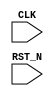
//
// Generated by Bluespec Compiler, version 2024.01-13-ga8fe68a6 (build a8fe68a6)
//
// On Tue Jun 11 10:59:45 IST 2024
//
//
// Ports:
// Name                         I/O  size props
// CLK                            I     1 clock
// RST_N                          I     1 reset
//
// No combinational paths from inputs to outputs
//
//

`ifdef BSV_ASSIGNMENT_DELAY
`else
  `define BSV_ASSIGNMENT_DELAY
`endif

`ifdef BSV_POSITIVE_RESET
  `define BSV_RESET_VALUE 1'b1
  `define BSV_RESET_EDGE posedge
`else
  `define BSV_RESET_VALUE 1'b0
  `define BSV_RESET_EDGE negedge
`endif

module mkTestbench(CLK,
		   RST_N);
  input  CLK;
  input  RST_N;

  // register a
  reg [31 : 0] a;
  wire [31 : 0] a_D_IN;
  wire a_EN;

  // register adder_1_available
  reg adder_1_available;
  wire adder_1_available_D_IN, adder_1_available_EN;

  // register adder_1_cin
  reg adder_1_cin;
  wire adder_1_cin_D_IN, adder_1_cin_EN;

  // register adder_1_in1
  reg [31 : 0] adder_1_in1;
  wire [31 : 0] adder_1_in1_D_IN;
  wire adder_1_in1_EN;

  // register adder_1_in2
  reg [31 : 0] adder_1_in2;
  wire [31 : 0] adder_1_in2_D_IN;
  wire adder_1_in2_EN;

  // register adder_1_result
  reg [32 : 0] adder_1_result;
  wire [32 : 0] adder_1_result_D_IN;
  wire adder_1_result_EN;

  // register b
  reg [31 : 0] b;
  wire [31 : 0] b_D_IN;
  wire b_EN;

  // register cin
  reg cin;
  wire cin_D_IN, cin_EN;

  // register count
  reg [7 : 0] count;
  wire [7 : 0] count_D_IN;
  wire count_EN;

  // register cout
  reg cout;
  wire cout_D_IN, cout_EN;

  // register overflow_flag
  reg overflow_flag;
  wire overflow_flag_D_IN, overflow_flag_EN;

  // register rng_a_r
  reg [31 : 0] rng_a_r;
  wire [31 : 0] rng_a_r_D_IN;
  wire rng_a_r_EN;

  // register rng_b_r
  reg [31 : 0] rng_b_r;
  wire [31 : 0] rng_b_r_D_IN;
  wire rng_b_r_EN;

  // register rng_cin_r
  reg [7 : 0] rng_cin_r;
  wire [7 : 0] rng_cin_r_D_IN;
  wire rng_cin_r_EN;

  // register state
  reg [1 : 0] state;
  reg [1 : 0] state_D_IN;
  wire state_EN;

  // register sum
  reg [31 : 0] sum;
  wire [31 : 0] sum_D_IN;
  wire sum_EN;

  // rule scheduling signals
  wire CAN_FIRE_RL_adder_1_call_compute,
       CAN_FIRE_RL_display_results,
       CAN_FIRE_RL_generate_random_inputs,
       CAN_FIRE_RL_get_results,
       CAN_FIRE_RL_initialize,
       WILL_FIRE_RL_adder_1_call_compute,
       WILL_FIRE_RL_display_results,
       WILL_FIRE_RL_generate_random_inputs,
       WILL_FIRE_RL_get_results,
       WILL_FIRE_RL_initialize;

  // inputs to muxes for submodule ports
  wire [31 : 0] MUX_rng_a_r_write_1__VAL_1, MUX_rng_b_r_write_1__VAL_1;
  wire [7 : 0] MUX_rng_cin_r_write_1__VAL_1;
  wire MUX_state_write_1__SEL_1;

  // remaining internal signals
  wire [32 : 0] calculated_sum__h11573,
		expected_sum__h11572,
		x__h11750,
		x__h11752,
		y__h11591,
		y__h11753;
  wire [8 : 0] IF_adder_1_in1_BITS_15_TO_8_3_AND_adder_1_in2__ETC___d98,
	       IF_adder_1_in1_BITS_23_TO_16_9_AND_adder_1_in2_ETC___d54,
	       IF_adder_1_in1_BITS_31_TO_24_AND_adder_1_in2_B_ETC___d10;
  wire [7 : 0] IF_adder_1_in1_BITS_15_TO_8_3_XOR_adder_1_in2__ETC__q3,
	       IF_adder_1_in1_BITS_23_TO_16_9_XOR_adder_1_in2_ETC__q2,
	       IF_adder_1_in1_BITS_31_TO_24_XOR_adder_1_in2_B_ETC__q1,
	       adder_1_in1_BITS_15_TO_8_3_AND_adder_1_in2_BIT_ETC___d96,
	       adder_1_in1_BITS_15_TO_8_3_XOR_adder_1_in2_BIT_ETC___d128,
	       adder_1_in1_BITS_23_TO_16_9_AND_adder_1_in2_BI_ETC___d52,
	       adder_1_in1_BITS_23_TO_16_9_XOR_adder_1_in2_BI_ETC___d84,
	       adder_1_in1_BITS_31_TO_24_AND_adder_1_in2_BITS_ETC___d8,
	       adder_1_in1_BITS_31_TO_24_XOR_adder_1_in2_BITS_ETC___d40,
	       adder_1_in1_BITS_7_TO_0_38_AND_adder_1_in2_BIT_ETC___d143,
	       p__h2447,
	       p__h5177,
	       p__h7907,
	       p__h859,
	       spliced_bits__h490,
	       spliced_bits__h519,
	       spliced_bits__h548,
	       spliced_bits__h577;
  wire [5 : 0] adder_1_in1_BITS_15_TO_8_3_XOR_adder_1_in2_BIT_ETC___d253,
	       adder_1_in1_BITS_23_TO_16_9_XOR_adder_1_in2_BI_ETC___d239,
	       adder_1_in1_BITS_31_TO_24_XOR_adder_1_in2_BITS_ETC___d225;
  wire [1 : 0] adder_1_in1_BITS_15_TO_8_3_XOR_adder_1_in2_BIT_ETC___d251,
	       adder_1_in1_BITS_23_TO_16_9_XOR_adder_1_in2_BI_ETC___d237,
	       adder_1_in1_BITS_31_TO_24_XOR_adder_1_in2_BITS_ETC___d223;
  wire _0_CONCAT_a_27_28_PLUS_0_CONCAT_b_29_30_31_PLUS_ETC___d338,
       adder_1_in1_BITS_15_TO_8_3_XOR_adder_1_in2_BIT_ETC___d174,
       adder_1_in1_BITS_15_TO_8_3_XOR_adder_1_in2_BIT_ETC___d175,
       adder_1_in1_BITS_15_TO_8_3_XOR_adder_1_in2_BIT_ETC___d176,
       adder_1_in1_BITS_15_TO_8_3_XOR_adder_1_in2_BIT_ETC___d177,
       adder_1_in1_BITS_15_TO_8_3_XOR_adder_1_in2_BIT_ETC___d178,
       adder_1_in1_BITS_15_TO_8_3_XOR_adder_1_in2_BIT_ETC___d179,
       adder_1_in1_BITS_15_TO_8_3_XOR_adder_1_in2_BIT_ETC___d180,
       adder_1_in1_BITS_23_TO_16_9_XOR_adder_1_in2_BI_ETC___d187,
       adder_1_in1_BITS_23_TO_16_9_XOR_adder_1_in2_BI_ETC___d188,
       adder_1_in1_BITS_23_TO_16_9_XOR_adder_1_in2_BI_ETC___d189,
       adder_1_in1_BITS_23_TO_16_9_XOR_adder_1_in2_BI_ETC___d190,
       adder_1_in1_BITS_23_TO_16_9_XOR_adder_1_in2_BI_ETC___d191,
       adder_1_in1_BITS_23_TO_16_9_XOR_adder_1_in2_BI_ETC___d192,
       adder_1_in1_BITS_23_TO_16_9_XOR_adder_1_in2_BI_ETC___d193,
       adder_1_in1_BITS_31_TO_24_XOR_adder_1_in2_BITS_ETC___d200,
       adder_1_in1_BITS_31_TO_24_XOR_adder_1_in2_BITS_ETC___d201,
       adder_1_in1_BITS_31_TO_24_XOR_adder_1_in2_BITS_ETC___d202,
       adder_1_in1_BITS_31_TO_24_XOR_adder_1_in2_BITS_ETC___d203,
       adder_1_in1_BITS_31_TO_24_XOR_adder_1_in2_BITS_ETC___d204,
       adder_1_in1_BITS_31_TO_24_XOR_adder_1_in2_BITS_ETC___d205,
       adder_1_in1_BITS_31_TO_24_XOR_adder_1_in2_BITS_ETC___d206,
       carry_in__h2023,
       carry_in__h4860,
       carry_in__h7590,
       count_11_ULT_30___d326,
       sub_result_cout__h2022,
       sub_result_cout__h4859,
       sub_result_cout__h7589,
       x__h1057,
       x__h11405,
       x__h11407,
       x__h1206,
       x__h1208,
       x__h1314,
       x__h1316,
       x__h1422,
       x__h1424,
       x__h1530,
       x__h1532,
       x__h1638,
       x__h1640,
       x__h1746,
       x__h1748,
       x__h1854,
       x__h1856,
       x__h2792,
       x__h2901,
       x__h2903,
       x__h3009,
       x__h3011,
       x__h3117,
       x__h3119,
       x__h3225,
       x__h3227,
       x__h3333,
       x__h3335,
       x__h3441,
       x__h3443,
       x__h5522,
       x__h5631,
       x__h5633,
       x__h5739,
       x__h5741,
       x__h5847,
       x__h5849,
       x__h5955,
       x__h5957,
       x__h6063,
       x__h6065,
       x__h6171,
       x__h6173,
       x__h8252,
       x__h8361,
       x__h8363,
       x__h8469,
       x__h8471,
       x__h8577,
       x__h8579,
       x__h8685,
       x__h8687,
       x__h8793,
       x__h8795,
       x__h8901,
       x__h8903,
       y__h11406;

  // rule RL_initialize
  assign CAN_FIRE_RL_initialize = state == 2'd0 ;
  assign WILL_FIRE_RL_initialize = CAN_FIRE_RL_initialize ;

  // rule RL_get_results
  assign CAN_FIRE_RL_get_results = adder_1_available && state == 2'd2 ;
  assign WILL_FIRE_RL_get_results = CAN_FIRE_RL_get_results ;

  // rule RL_display_results
  assign CAN_FIRE_RL_display_results = state == 2'd3 ;
  assign WILL_FIRE_RL_display_results = CAN_FIRE_RL_display_results ;

  // rule RL_adder_1_call_compute
  assign CAN_FIRE_RL_adder_1_call_compute = !adder_1_available ;
  assign WILL_FIRE_RL_adder_1_call_compute =
	     CAN_FIRE_RL_adder_1_call_compute ;

  // rule RL_generate_random_inputs
  assign CAN_FIRE_RL_generate_random_inputs = state == 2'd1 ;
  assign WILL_FIRE_RL_generate_random_inputs =
	     CAN_FIRE_RL_generate_random_inputs ;

  // inputs to muxes for submodule ports
  assign MUX_state_write_1__SEL_1 =
	     WILL_FIRE_RL_display_results && count_11_ULT_30___d326 ;
  assign MUX_rng_a_r_write_1__VAL_1 =
	     rng_a_r[0] ?
	       { 1'd1,
		 rng_a_r[31:8],
		 ~rng_a_r[7],
		 rng_a_r[6],
		 ~rng_a_r[5],
		 rng_a_r[4],
		 ~rng_a_r[3:1] } :
	       { 1'd0, rng_a_r[31:1] } ;
  assign MUX_rng_b_r_write_1__VAL_1 =
	     rng_b_r[0] ?
	       { 1'd1,
		 rng_b_r[31:8],
		 ~rng_b_r[7],
		 rng_b_r[6],
		 ~rng_b_r[5],
		 rng_b_r[4],
		 ~rng_b_r[3:1] } :
	       { 1'd0, rng_b_r[31:1] } ;
  assign MUX_rng_cin_r_write_1__VAL_1 =
	     rng_cin_r[0] ?
	       { 1'd1, rng_cin_r[7:5], ~rng_cin_r[4:2], rng_cin_r[1] } :
	       { 1'd0, rng_cin_r[7:1] } ;

  // register a
  assign a_D_IN = rng_a_r ;
  assign a_EN = CAN_FIRE_RL_generate_random_inputs ;

  // register adder_1_available
  assign adder_1_available_D_IN = !WILL_FIRE_RL_generate_random_inputs ;
  assign adder_1_available_EN =
	     WILL_FIRE_RL_generate_random_inputs ||
	     WILL_FIRE_RL_adder_1_call_compute ;

  // register adder_1_cin
  assign adder_1_cin_D_IN = rng_cin_r[3] ;
  assign adder_1_cin_EN = CAN_FIRE_RL_generate_random_inputs ;

  // register adder_1_in1
  assign adder_1_in1_D_IN = rng_a_r ;
  assign adder_1_in1_EN = CAN_FIRE_RL_generate_random_inputs ;

  // register adder_1_in2
  assign adder_1_in2_D_IN = rng_b_r ;
  assign adder_1_in2_EN = CAN_FIRE_RL_generate_random_inputs ;

  // register adder_1_result
  assign adder_1_result_D_IN =
	     { adder_1_in1_BITS_31_TO_24_XOR_adder_1_in2_BITS_ETC___d40[7] &
	       adder_1_in1_BITS_31_TO_24_XOR_adder_1_in2_BITS_ETC___d206 |
	       sub_result_cout__h7589,
	       spliced_bits__h490,
	       spliced_bits__h519,
	       spliced_bits__h548,
	       spliced_bits__h577 } ;
  assign adder_1_result_EN = CAN_FIRE_RL_adder_1_call_compute ;

  // register b
  assign b_D_IN = rng_b_r ;
  assign b_EN = CAN_FIRE_RL_generate_random_inputs ;

  // register cin
  assign cin_D_IN = rng_cin_r[3] ;
  assign cin_EN = CAN_FIRE_RL_generate_random_inputs ;

  // register count
  assign count_D_IN = count + 8'd1 ;
  assign count_EN = CAN_FIRE_RL_generate_random_inputs ;

  // register cout
  assign cout_D_IN = adder_1_result[32] ;
  assign cout_EN = CAN_FIRE_RL_get_results ;

  // register overflow_flag
  assign overflow_flag_D_IN = x__h11405 & y__h11406 ;
  assign overflow_flag_EN = CAN_FIRE_RL_get_results ;

  // register rng_a_r
  assign rng_a_r_D_IN =
	     WILL_FIRE_RL_generate_random_inputs ?
	       MUX_rng_a_r_write_1__VAL_1 :
	       32'hAFD7CD41 ;
  assign rng_a_r_EN =
	     WILL_FIRE_RL_generate_random_inputs || WILL_FIRE_RL_initialize ;

  // register rng_b_r
  assign rng_b_r_D_IN =
	     WILL_FIRE_RL_generate_random_inputs ?
	       MUX_rng_b_r_write_1__VAL_1 :
	       32'hC9B12E0A ;
  assign rng_b_r_EN =
	     WILL_FIRE_RL_generate_random_inputs || WILL_FIRE_RL_initialize ;

  // register rng_cin_r
  assign rng_cin_r_D_IN =
	     WILL_FIRE_RL_generate_random_inputs ?
	       MUX_rng_cin_r_write_1__VAL_1 :
	       8'hA5 ;
  assign rng_cin_r_EN =
	     WILL_FIRE_RL_generate_random_inputs || WILL_FIRE_RL_initialize ;

  // register state
  always@(MUX_state_write_1__SEL_1 or
	  WILL_FIRE_RL_initialize or
	  WILL_FIRE_RL_generate_random_inputs or WILL_FIRE_RL_get_results)
  begin
    case (1'b1) // synopsys parallel_case
      MUX_state_write_1__SEL_1 || WILL_FIRE_RL_initialize: state_D_IN = 2'd1;
      WILL_FIRE_RL_generate_random_inputs: state_D_IN = 2'd2;
      WILL_FIRE_RL_get_results: state_D_IN = 2'd3;
      default: state_D_IN = 2'bxx /* unspecified value */ ;
    endcase
  end
  assign state_EN =
	     WILL_FIRE_RL_display_results && count_11_ULT_30___d326 ||
	     WILL_FIRE_RL_initialize ||
	     WILL_FIRE_RL_generate_random_inputs ||
	     WILL_FIRE_RL_get_results ;

  // register sum
  assign sum_D_IN = adder_1_result[31:0] ;
  assign sum_EN = CAN_FIRE_RL_get_results ;

  // remaining internal signals
  assign IF_adder_1_in1_BITS_15_TO_8_3_AND_adder_1_in2__ETC___d98 =
	     adder_1_in1_BITS_15_TO_8_3_AND_adder_1_in2_BIT_ETC___d96[0] ?
	       9'd2 :
	       9'd0 ;
  assign IF_adder_1_in1_BITS_15_TO_8_3_XOR_adder_1_in2__ETC__q3 =
	     (adder_1_in1_BITS_15_TO_8_3_XOR_adder_1_in2_BIT_ETC___d128[0] ^
	      carry_in__h2023) ?
	       8'd1 :
	       8'd0 ;
  assign IF_adder_1_in1_BITS_23_TO_16_9_AND_adder_1_in2_ETC___d54 =
	     adder_1_in1_BITS_23_TO_16_9_AND_adder_1_in2_BI_ETC___d52[0] ?
	       9'd2 :
	       9'd0 ;
  assign IF_adder_1_in1_BITS_23_TO_16_9_XOR_adder_1_in2_ETC__q2 =
	     (adder_1_in1_BITS_23_TO_16_9_XOR_adder_1_in2_BI_ETC___d84[0] ^
	      carry_in__h4860) ?
	       8'd1 :
	       8'd0 ;
  assign IF_adder_1_in1_BITS_31_TO_24_AND_adder_1_in2_B_ETC___d10 =
	     adder_1_in1_BITS_31_TO_24_AND_adder_1_in2_BITS_ETC___d8[0] ?
	       9'd2 :
	       9'd0 ;
  assign IF_adder_1_in1_BITS_31_TO_24_XOR_adder_1_in2_B_ETC__q1 =
	     (adder_1_in1_BITS_31_TO_24_XOR_adder_1_in2_BITS_ETC___d40[0] ^
	      carry_in__h7590) ?
	       8'd1 :
	       8'd0 ;
  assign _0_CONCAT_a_27_28_PLUS_0_CONCAT_b_29_30_31_PLUS_ETC___d338 =
	     expected_sum__h11572 == calculated_sum__h11573 ;
  assign adder_1_in1_BITS_15_TO_8_3_AND_adder_1_in2_BIT_ETC___d96 =
	     adder_1_in1[15:8] & adder_1_in2[15:8] ;
  assign adder_1_in1_BITS_15_TO_8_3_XOR_adder_1_in2_BIT_ETC___d128 =
	     p__h2447 ^
	     { x__h3443,
	       x__h3335,
	       x__h3227,
	       x__h3119,
	       x__h3011,
	       x__h2903,
	       IF_adder_1_in1_BITS_15_TO_8_3_AND_adder_1_in2__ETC___d98[1:0] } ;
  assign adder_1_in1_BITS_15_TO_8_3_XOR_adder_1_in2_BIT_ETC___d174 =
	     adder_1_in1_BITS_15_TO_8_3_XOR_adder_1_in2_BIT_ETC___d128[0] &
	     carry_in__h2023 ;
  assign adder_1_in1_BITS_15_TO_8_3_XOR_adder_1_in2_BIT_ETC___d175 =
	     adder_1_in1_BITS_15_TO_8_3_XOR_adder_1_in2_BIT_ETC___d128[1] &
	     adder_1_in1_BITS_15_TO_8_3_XOR_adder_1_in2_BIT_ETC___d174 ;
  assign adder_1_in1_BITS_15_TO_8_3_XOR_adder_1_in2_BIT_ETC___d176 =
	     adder_1_in1_BITS_15_TO_8_3_XOR_adder_1_in2_BIT_ETC___d128[2] &
	     adder_1_in1_BITS_15_TO_8_3_XOR_adder_1_in2_BIT_ETC___d175 ;
  assign adder_1_in1_BITS_15_TO_8_3_XOR_adder_1_in2_BIT_ETC___d177 =
	     adder_1_in1_BITS_15_TO_8_3_XOR_adder_1_in2_BIT_ETC___d128[3] &
	     adder_1_in1_BITS_15_TO_8_3_XOR_adder_1_in2_BIT_ETC___d176 ;
  assign adder_1_in1_BITS_15_TO_8_3_XOR_adder_1_in2_BIT_ETC___d178 =
	     adder_1_in1_BITS_15_TO_8_3_XOR_adder_1_in2_BIT_ETC___d128[4] &
	     adder_1_in1_BITS_15_TO_8_3_XOR_adder_1_in2_BIT_ETC___d177 ;
  assign adder_1_in1_BITS_15_TO_8_3_XOR_adder_1_in2_BIT_ETC___d179 =
	     adder_1_in1_BITS_15_TO_8_3_XOR_adder_1_in2_BIT_ETC___d128[5] &
	     adder_1_in1_BITS_15_TO_8_3_XOR_adder_1_in2_BIT_ETC___d178 ;
  assign adder_1_in1_BITS_15_TO_8_3_XOR_adder_1_in2_BIT_ETC___d180 =
	     adder_1_in1_BITS_15_TO_8_3_XOR_adder_1_in2_BIT_ETC___d128[6] &
	     adder_1_in1_BITS_15_TO_8_3_XOR_adder_1_in2_BIT_ETC___d179 ;
  assign adder_1_in1_BITS_15_TO_8_3_XOR_adder_1_in2_BIT_ETC___d251 =
	     { adder_1_in1_BITS_15_TO_8_3_XOR_adder_1_in2_BIT_ETC___d128[1] ^
	       adder_1_in1_BITS_15_TO_8_3_XOR_adder_1_in2_BIT_ETC___d174,
	       IF_adder_1_in1_BITS_15_TO_8_3_XOR_adder_1_in2__ETC__q3[0] } ;
  assign adder_1_in1_BITS_15_TO_8_3_XOR_adder_1_in2_BIT_ETC___d253 =
	     { adder_1_in1_BITS_15_TO_8_3_XOR_adder_1_in2_BIT_ETC___d128[5] ^
	       adder_1_in1_BITS_15_TO_8_3_XOR_adder_1_in2_BIT_ETC___d178,
	       adder_1_in1_BITS_15_TO_8_3_XOR_adder_1_in2_BIT_ETC___d128[4] ^
	       adder_1_in1_BITS_15_TO_8_3_XOR_adder_1_in2_BIT_ETC___d177,
	       adder_1_in1_BITS_15_TO_8_3_XOR_adder_1_in2_BIT_ETC___d128[3] ^
	       adder_1_in1_BITS_15_TO_8_3_XOR_adder_1_in2_BIT_ETC___d176,
	       adder_1_in1_BITS_15_TO_8_3_XOR_adder_1_in2_BIT_ETC___d128[2] ^
	       adder_1_in1_BITS_15_TO_8_3_XOR_adder_1_in2_BIT_ETC___d175,
	       adder_1_in1_BITS_15_TO_8_3_XOR_adder_1_in2_BIT_ETC___d251 } ;
  assign adder_1_in1_BITS_23_TO_16_9_AND_adder_1_in2_BI_ETC___d52 =
	     adder_1_in1[23:16] & adder_1_in2[23:16] ;
  assign adder_1_in1_BITS_23_TO_16_9_XOR_adder_1_in2_BI_ETC___d187 =
	     adder_1_in1_BITS_23_TO_16_9_XOR_adder_1_in2_BI_ETC___d84[0] &
	     carry_in__h4860 ;
  assign adder_1_in1_BITS_23_TO_16_9_XOR_adder_1_in2_BI_ETC___d188 =
	     adder_1_in1_BITS_23_TO_16_9_XOR_adder_1_in2_BI_ETC___d84[1] &
	     adder_1_in1_BITS_23_TO_16_9_XOR_adder_1_in2_BI_ETC___d187 ;
  assign adder_1_in1_BITS_23_TO_16_9_XOR_adder_1_in2_BI_ETC___d189 =
	     adder_1_in1_BITS_23_TO_16_9_XOR_adder_1_in2_BI_ETC___d84[2] &
	     adder_1_in1_BITS_23_TO_16_9_XOR_adder_1_in2_BI_ETC___d188 ;
  assign adder_1_in1_BITS_23_TO_16_9_XOR_adder_1_in2_BI_ETC___d190 =
	     adder_1_in1_BITS_23_TO_16_9_XOR_adder_1_in2_BI_ETC___d84[3] &
	     adder_1_in1_BITS_23_TO_16_9_XOR_adder_1_in2_BI_ETC___d189 ;
  assign adder_1_in1_BITS_23_TO_16_9_XOR_adder_1_in2_BI_ETC___d191 =
	     adder_1_in1_BITS_23_TO_16_9_XOR_adder_1_in2_BI_ETC___d84[4] &
	     adder_1_in1_BITS_23_TO_16_9_XOR_adder_1_in2_BI_ETC___d190 ;
  assign adder_1_in1_BITS_23_TO_16_9_XOR_adder_1_in2_BI_ETC___d192 =
	     adder_1_in1_BITS_23_TO_16_9_XOR_adder_1_in2_BI_ETC___d84[5] &
	     adder_1_in1_BITS_23_TO_16_9_XOR_adder_1_in2_BI_ETC___d191 ;
  assign adder_1_in1_BITS_23_TO_16_9_XOR_adder_1_in2_BI_ETC___d193 =
	     adder_1_in1_BITS_23_TO_16_9_XOR_adder_1_in2_BI_ETC___d84[6] &
	     adder_1_in1_BITS_23_TO_16_9_XOR_adder_1_in2_BI_ETC___d192 ;
  assign adder_1_in1_BITS_23_TO_16_9_XOR_adder_1_in2_BI_ETC___d237 =
	     { adder_1_in1_BITS_23_TO_16_9_XOR_adder_1_in2_BI_ETC___d84[1] ^
	       adder_1_in1_BITS_23_TO_16_9_XOR_adder_1_in2_BI_ETC___d187,
	       IF_adder_1_in1_BITS_23_TO_16_9_XOR_adder_1_in2_ETC__q2[0] } ;
  assign adder_1_in1_BITS_23_TO_16_9_XOR_adder_1_in2_BI_ETC___d239 =
	     { adder_1_in1_BITS_23_TO_16_9_XOR_adder_1_in2_BI_ETC___d84[5] ^
	       adder_1_in1_BITS_23_TO_16_9_XOR_adder_1_in2_BI_ETC___d191,
	       adder_1_in1_BITS_23_TO_16_9_XOR_adder_1_in2_BI_ETC___d84[4] ^
	       adder_1_in1_BITS_23_TO_16_9_XOR_adder_1_in2_BI_ETC___d190,
	       adder_1_in1_BITS_23_TO_16_9_XOR_adder_1_in2_BI_ETC___d84[3] ^
	       adder_1_in1_BITS_23_TO_16_9_XOR_adder_1_in2_BI_ETC___d189,
	       adder_1_in1_BITS_23_TO_16_9_XOR_adder_1_in2_BI_ETC___d84[2] ^
	       adder_1_in1_BITS_23_TO_16_9_XOR_adder_1_in2_BI_ETC___d188,
	       adder_1_in1_BITS_23_TO_16_9_XOR_adder_1_in2_BI_ETC___d237 } ;
  assign adder_1_in1_BITS_23_TO_16_9_XOR_adder_1_in2_BI_ETC___d84 =
	     p__h5177 ^
	     { x__h6173,
	       x__h6065,
	       x__h5957,
	       x__h5849,
	       x__h5741,
	       x__h5633,
	       IF_adder_1_in1_BITS_23_TO_16_9_AND_adder_1_in2_ETC___d54[1:0] } ;
  assign adder_1_in1_BITS_31_TO_24_AND_adder_1_in2_BITS_ETC___d8 =
	     adder_1_in1[31:24] & adder_1_in2[31:24] ;
  assign adder_1_in1_BITS_31_TO_24_XOR_adder_1_in2_BITS_ETC___d200 =
	     adder_1_in1_BITS_31_TO_24_XOR_adder_1_in2_BITS_ETC___d40[0] &
	     carry_in__h7590 ;
  assign adder_1_in1_BITS_31_TO_24_XOR_adder_1_in2_BITS_ETC___d201 =
	     adder_1_in1_BITS_31_TO_24_XOR_adder_1_in2_BITS_ETC___d40[1] &
	     adder_1_in1_BITS_31_TO_24_XOR_adder_1_in2_BITS_ETC___d200 ;
  assign adder_1_in1_BITS_31_TO_24_XOR_adder_1_in2_BITS_ETC___d202 =
	     adder_1_in1_BITS_31_TO_24_XOR_adder_1_in2_BITS_ETC___d40[2] &
	     adder_1_in1_BITS_31_TO_24_XOR_adder_1_in2_BITS_ETC___d201 ;
  assign adder_1_in1_BITS_31_TO_24_XOR_adder_1_in2_BITS_ETC___d203 =
	     adder_1_in1_BITS_31_TO_24_XOR_adder_1_in2_BITS_ETC___d40[3] &
	     adder_1_in1_BITS_31_TO_24_XOR_adder_1_in2_BITS_ETC___d202 ;
  assign adder_1_in1_BITS_31_TO_24_XOR_adder_1_in2_BITS_ETC___d204 =
	     adder_1_in1_BITS_31_TO_24_XOR_adder_1_in2_BITS_ETC___d40[4] &
	     adder_1_in1_BITS_31_TO_24_XOR_adder_1_in2_BITS_ETC___d203 ;
  assign adder_1_in1_BITS_31_TO_24_XOR_adder_1_in2_BITS_ETC___d205 =
	     adder_1_in1_BITS_31_TO_24_XOR_adder_1_in2_BITS_ETC___d40[5] &
	     adder_1_in1_BITS_31_TO_24_XOR_adder_1_in2_BITS_ETC___d204 ;
  assign adder_1_in1_BITS_31_TO_24_XOR_adder_1_in2_BITS_ETC___d206 =
	     adder_1_in1_BITS_31_TO_24_XOR_adder_1_in2_BITS_ETC___d40[6] &
	     adder_1_in1_BITS_31_TO_24_XOR_adder_1_in2_BITS_ETC___d205 ;
  assign adder_1_in1_BITS_31_TO_24_XOR_adder_1_in2_BITS_ETC___d223 =
	     { adder_1_in1_BITS_31_TO_24_XOR_adder_1_in2_BITS_ETC___d40[1] ^
	       adder_1_in1_BITS_31_TO_24_XOR_adder_1_in2_BITS_ETC___d200,
	       IF_adder_1_in1_BITS_31_TO_24_XOR_adder_1_in2_B_ETC__q1[0] } ;
  assign adder_1_in1_BITS_31_TO_24_XOR_adder_1_in2_BITS_ETC___d225 =
	     { adder_1_in1_BITS_31_TO_24_XOR_adder_1_in2_BITS_ETC___d40[5] ^
	       adder_1_in1_BITS_31_TO_24_XOR_adder_1_in2_BITS_ETC___d204,
	       adder_1_in1_BITS_31_TO_24_XOR_adder_1_in2_BITS_ETC___d40[4] ^
	       adder_1_in1_BITS_31_TO_24_XOR_adder_1_in2_BITS_ETC___d203,
	       adder_1_in1_BITS_31_TO_24_XOR_adder_1_in2_BITS_ETC___d40[3] ^
	       adder_1_in1_BITS_31_TO_24_XOR_adder_1_in2_BITS_ETC___d202,
	       adder_1_in1_BITS_31_TO_24_XOR_adder_1_in2_BITS_ETC___d40[2] ^
	       adder_1_in1_BITS_31_TO_24_XOR_adder_1_in2_BITS_ETC___d201,
	       adder_1_in1_BITS_31_TO_24_XOR_adder_1_in2_BITS_ETC___d223 } ;
  assign adder_1_in1_BITS_31_TO_24_XOR_adder_1_in2_BITS_ETC___d40 =
	     p__h7907 ^
	     { x__h8903,
	       x__h8795,
	       x__h8687,
	       x__h8579,
	       x__h8471,
	       x__h8363,
	       IF_adder_1_in1_BITS_31_TO_24_AND_adder_1_in2_B_ETC___d10[1:0] } ;
  assign adder_1_in1_BITS_7_TO_0_38_AND_adder_1_in2_BIT_ETC___d143 =
	     adder_1_in1[7:0] & adder_1_in2[7:0] ;
  assign calculated_sum__h11573 = { cout, sum } ;
  assign carry_in__h2023 =
	     x__h1854 |
	     adder_1_in1_BITS_7_TO_0_38_AND_adder_1_in2_BIT_ETC___d143[7] ;
  assign carry_in__h4860 =
	     adder_1_in1_BITS_15_TO_8_3_XOR_adder_1_in2_BIT_ETC___d128[7] &
	     adder_1_in1_BITS_15_TO_8_3_XOR_adder_1_in2_BIT_ETC___d180 |
	     sub_result_cout__h2022 ;
  assign carry_in__h7590 =
	     adder_1_in1_BITS_23_TO_16_9_XOR_adder_1_in2_BI_ETC___d84[7] &
	     adder_1_in1_BITS_23_TO_16_9_XOR_adder_1_in2_BI_ETC___d193 |
	     sub_result_cout__h4859 ;
  assign count_11_ULT_30___d326 = count < 8'd30 ;
  assign expected_sum__h11572 = x__h11750 + y__h11591 ;
  assign p__h2447 = adder_1_in1[15:8] ^ adder_1_in2[15:8] ;
  assign p__h5177 = adder_1_in1[23:16] ^ adder_1_in2[23:16] ;
  assign p__h7907 = adder_1_in1[31:24] ^ adder_1_in2[31:24] ;
  assign p__h859 = adder_1_in1[7:0] ^ adder_1_in2[7:0] ;
  assign spliced_bits__h490 =
	     { adder_1_in1_BITS_31_TO_24_XOR_adder_1_in2_BITS_ETC___d40[7] ^
	       adder_1_in1_BITS_31_TO_24_XOR_adder_1_in2_BITS_ETC___d206,
	       adder_1_in1_BITS_31_TO_24_XOR_adder_1_in2_BITS_ETC___d40[6] ^
	       adder_1_in1_BITS_31_TO_24_XOR_adder_1_in2_BITS_ETC___d205,
	       adder_1_in1_BITS_31_TO_24_XOR_adder_1_in2_BITS_ETC___d225 } ;
  assign spliced_bits__h519 =
	     { adder_1_in1_BITS_23_TO_16_9_XOR_adder_1_in2_BI_ETC___d84[7] ^
	       adder_1_in1_BITS_23_TO_16_9_XOR_adder_1_in2_BI_ETC___d193,
	       adder_1_in1_BITS_23_TO_16_9_XOR_adder_1_in2_BI_ETC___d84[6] ^
	       adder_1_in1_BITS_23_TO_16_9_XOR_adder_1_in2_BI_ETC___d192,
	       adder_1_in1_BITS_23_TO_16_9_XOR_adder_1_in2_BI_ETC___d239 } ;
  assign spliced_bits__h548 =
	     { adder_1_in1_BITS_15_TO_8_3_XOR_adder_1_in2_BIT_ETC___d128[7] ^
	       adder_1_in1_BITS_15_TO_8_3_XOR_adder_1_in2_BIT_ETC___d180,
	       adder_1_in1_BITS_15_TO_8_3_XOR_adder_1_in2_BIT_ETC___d128[6] ^
	       adder_1_in1_BITS_15_TO_8_3_XOR_adder_1_in2_BIT_ETC___d179,
	       adder_1_in1_BITS_15_TO_8_3_XOR_adder_1_in2_BIT_ETC___d253 } ;
  assign spliced_bits__h577 =
	     p__h859 ^
	     { x__h1856,
	       x__h1748,
	       x__h1640,
	       x__h1532,
	       x__h1424,
	       x__h1316,
	       x__h1208,
	       adder_1_cin } ;
  assign sub_result_cout__h2022 =
	     x__h3441 |
	     adder_1_in1_BITS_15_TO_8_3_AND_adder_1_in2_BIT_ETC___d96[7] ;
  assign sub_result_cout__h4859 =
	     x__h6171 |
	     adder_1_in1_BITS_23_TO_16_9_AND_adder_1_in2_BI_ETC___d52[7] ;
  assign sub_result_cout__h7589 =
	     x__h8901 |
	     adder_1_in1_BITS_31_TO_24_AND_adder_1_in2_BITS_ETC___d8[7] ;
  assign x__h1057 = adder_1_cin & p__h859[0] ;
  assign x__h11405 = x__h11407 ^ adder_1_in2[31] ;
  assign x__h11407 = ~adder_1_in1[31] ;
  assign x__h11750 = x__h11752 + y__h11753 ;
  assign x__h11752 = { 1'd0, a } ;
  assign x__h1206 = x__h1208 & p__h859[1] ;
  assign x__h1208 =
	     x__h1057 |
	     adder_1_in1_BITS_7_TO_0_38_AND_adder_1_in2_BIT_ETC___d143[0] ;
  assign x__h1314 = x__h1316 & p__h859[2] ;
  assign x__h1316 =
	     x__h1206 |
	     adder_1_in1_BITS_7_TO_0_38_AND_adder_1_in2_BIT_ETC___d143[1] ;
  assign x__h1422 = x__h1424 & p__h859[3] ;
  assign x__h1424 =
	     x__h1314 |
	     adder_1_in1_BITS_7_TO_0_38_AND_adder_1_in2_BIT_ETC___d143[2] ;
  assign x__h1530 = x__h1532 & p__h859[4] ;
  assign x__h1532 =
	     x__h1422 |
	     adder_1_in1_BITS_7_TO_0_38_AND_adder_1_in2_BIT_ETC___d143[3] ;
  assign x__h1638 = x__h1640 & p__h859[5] ;
  assign x__h1640 =
	     x__h1530 |
	     adder_1_in1_BITS_7_TO_0_38_AND_adder_1_in2_BIT_ETC___d143[4] ;
  assign x__h1746 = x__h1748 & p__h859[6] ;
  assign x__h1748 =
	     x__h1638 |
	     adder_1_in1_BITS_7_TO_0_38_AND_adder_1_in2_BIT_ETC___d143[5] ;
  assign x__h1854 = x__h1856 & p__h859[7] ;
  assign x__h1856 =
	     x__h1746 |
	     adder_1_in1_BITS_7_TO_0_38_AND_adder_1_in2_BIT_ETC___d143[6] ;
  assign x__h2792 =
	     IF_adder_1_in1_BITS_15_TO_8_3_AND_adder_1_in2__ETC___d98[1] &
	     p__h2447[1] ;
  assign x__h2901 = x__h2903 & p__h2447[2] ;
  assign x__h2903 =
	     x__h2792 |
	     adder_1_in1_BITS_15_TO_8_3_AND_adder_1_in2_BIT_ETC___d96[1] ;
  assign x__h3009 = x__h3011 & p__h2447[3] ;
  assign x__h3011 =
	     x__h2901 |
	     adder_1_in1_BITS_15_TO_8_3_AND_adder_1_in2_BIT_ETC___d96[2] ;
  assign x__h3117 = x__h3119 & p__h2447[4] ;
  assign x__h3119 =
	     x__h3009 |
	     adder_1_in1_BITS_15_TO_8_3_AND_adder_1_in2_BIT_ETC___d96[3] ;
  assign x__h3225 = x__h3227 & p__h2447[5] ;
  assign x__h3227 =
	     x__h3117 |
	     adder_1_in1_BITS_15_TO_8_3_AND_adder_1_in2_BIT_ETC___d96[4] ;
  assign x__h3333 = x__h3335 & p__h2447[6] ;
  assign x__h3335 =
	     x__h3225 |
	     adder_1_in1_BITS_15_TO_8_3_AND_adder_1_in2_BIT_ETC___d96[5] ;
  assign x__h3441 = x__h3443 & p__h2447[7] ;
  assign x__h3443 =
	     x__h3333 |
	     adder_1_in1_BITS_15_TO_8_3_AND_adder_1_in2_BIT_ETC___d96[6] ;
  assign x__h5522 =
	     IF_adder_1_in1_BITS_23_TO_16_9_AND_adder_1_in2_ETC___d54[1] &
	     p__h5177[1] ;
  assign x__h5631 = x__h5633 & p__h5177[2] ;
  assign x__h5633 =
	     x__h5522 |
	     adder_1_in1_BITS_23_TO_16_9_AND_adder_1_in2_BI_ETC___d52[1] ;
  assign x__h5739 = x__h5741 & p__h5177[3] ;
  assign x__h5741 =
	     x__h5631 |
	     adder_1_in1_BITS_23_TO_16_9_AND_adder_1_in2_BI_ETC___d52[2] ;
  assign x__h5847 = x__h5849 & p__h5177[4] ;
  assign x__h5849 =
	     x__h5739 |
	     adder_1_in1_BITS_23_TO_16_9_AND_adder_1_in2_BI_ETC___d52[3] ;
  assign x__h5955 = x__h5957 & p__h5177[5] ;
  assign x__h5957 =
	     x__h5847 |
	     adder_1_in1_BITS_23_TO_16_9_AND_adder_1_in2_BI_ETC___d52[4] ;
  assign x__h6063 = x__h6065 & p__h5177[6] ;
  assign x__h6065 =
	     x__h5955 |
	     adder_1_in1_BITS_23_TO_16_9_AND_adder_1_in2_BI_ETC___d52[5] ;
  assign x__h6171 = x__h6173 & p__h5177[7] ;
  assign x__h6173 =
	     x__h6063 |
	     adder_1_in1_BITS_23_TO_16_9_AND_adder_1_in2_BI_ETC___d52[6] ;
  assign x__h8252 =
	     IF_adder_1_in1_BITS_31_TO_24_AND_adder_1_in2_B_ETC___d10[1] &
	     p__h7907[1] ;
  assign x__h8361 = x__h8363 & p__h7907[2] ;
  assign x__h8363 =
	     x__h8252 |
	     adder_1_in1_BITS_31_TO_24_AND_adder_1_in2_BITS_ETC___d8[1] ;
  assign x__h8469 = x__h8471 & p__h7907[3] ;
  assign x__h8471 =
	     x__h8361 |
	     adder_1_in1_BITS_31_TO_24_AND_adder_1_in2_BITS_ETC___d8[2] ;
  assign x__h8577 = x__h8579 & p__h7907[4] ;
  assign x__h8579 =
	     x__h8469 |
	     adder_1_in1_BITS_31_TO_24_AND_adder_1_in2_BITS_ETC___d8[3] ;
  assign x__h8685 = x__h8687 & p__h7907[5] ;
  assign x__h8687 =
	     x__h8577 |
	     adder_1_in1_BITS_31_TO_24_AND_adder_1_in2_BITS_ETC___d8[4] ;
  assign x__h8793 = x__h8795 & p__h7907[6] ;
  assign x__h8795 =
	     x__h8685 |
	     adder_1_in1_BITS_31_TO_24_AND_adder_1_in2_BITS_ETC___d8[5] ;
  assign x__h8901 = x__h8903 & p__h7907[7] ;
  assign x__h8903 =
	     x__h8793 |
	     adder_1_in1_BITS_31_TO_24_AND_adder_1_in2_BITS_ETC___d8[6] ;
  assign y__h11406 = adder_1_in2[31] ^ adder_1_result[31] ;
  assign y__h11591 = { 32'b0, cin } ;
  assign y__h11753 = { 1'd0, b } ;

  // handling of inlined registers

  always@(posedge CLK)
  begin
    if (RST_N == `BSV_RESET_VALUE)
      begin
        a <= `BSV_ASSIGNMENT_DELAY 32'h70000000;
	adder_1_available <= `BSV_ASSIGNMENT_DELAY 1'd1;
	adder_1_cin <= `BSV_ASSIGNMENT_DELAY 1'd0;
	adder_1_in1 <= `BSV_ASSIGNMENT_DELAY 32'd0;
	adder_1_in2 <= `BSV_ASSIGNMENT_DELAY 32'd0;
	adder_1_result <= `BSV_ASSIGNMENT_DELAY 33'd0;
	b <= `BSV_ASSIGNMENT_DELAY 32'h10000000;
	cin <= `BSV_ASSIGNMENT_DELAY 1'd1;
	count <= `BSV_ASSIGNMENT_DELAY 8'd0;
	cout <= `BSV_ASSIGNMENT_DELAY 1'd0;
	overflow_flag <= `BSV_ASSIGNMENT_DELAY 1'd0;
	rng_a_r <= `BSV_ASSIGNMENT_DELAY 32'd1;
	rng_b_r <= `BSV_ASSIGNMENT_DELAY 32'd1;
	rng_cin_r <= `BSV_ASSIGNMENT_DELAY 8'd1;
	state <= `BSV_ASSIGNMENT_DELAY 2'd0;
	sum <= `BSV_ASSIGNMENT_DELAY 32'd0;
      end
    else
      begin
        if (a_EN) a <= `BSV_ASSIGNMENT_DELAY a_D_IN;
	if (adder_1_available_EN)
	  adder_1_available <= `BSV_ASSIGNMENT_DELAY adder_1_available_D_IN;
	if (adder_1_cin_EN)
	  adder_1_cin <= `BSV_ASSIGNMENT_DELAY adder_1_cin_D_IN;
	if (adder_1_in1_EN)
	  adder_1_in1 <= `BSV_ASSIGNMENT_DELAY adder_1_in1_D_IN;
	if (adder_1_in2_EN)
	  adder_1_in2 <= `BSV_ASSIGNMENT_DELAY adder_1_in2_D_IN;
	if (adder_1_result_EN)
	  adder_1_result <= `BSV_ASSIGNMENT_DELAY adder_1_result_D_IN;
	if (b_EN) b <= `BSV_ASSIGNMENT_DELAY b_D_IN;
	if (cin_EN) cin <= `BSV_ASSIGNMENT_DELAY cin_D_IN;
	if (count_EN) count <= `BSV_ASSIGNMENT_DELAY count_D_IN;
	if (cout_EN) cout <= `BSV_ASSIGNMENT_DELAY cout_D_IN;
	if (overflow_flag_EN)
	  overflow_flag <= `BSV_ASSIGNMENT_DELAY overflow_flag_D_IN;
	if (rng_a_r_EN) rng_a_r <= `BSV_ASSIGNMENT_DELAY rng_a_r_D_IN;
	if (rng_b_r_EN) rng_b_r <= `BSV_ASSIGNMENT_DELAY rng_b_r_D_IN;
	if (rng_cin_r_EN) rng_cin_r <= `BSV_ASSIGNMENT_DELAY rng_cin_r_D_IN;
	if (state_EN) state <= `BSV_ASSIGNMENT_DELAY state_D_IN;
	if (sum_EN) sum <= `BSV_ASSIGNMENT_DELAY sum_D_IN;
      end
  end

  // synopsys translate_off
  `ifdef BSV_NO_INITIAL_BLOCKS
  `else // not BSV_NO_INITIAL_BLOCKS
  initial
  begin
    a = 32'hAAAAAAAA;
    adder_1_available = 1'h0;
    adder_1_cin = 1'h0;
    adder_1_in1 = 32'hAAAAAAAA;
    adder_1_in2 = 32'hAAAAAAAA;
    adder_1_result = 33'h0AAAAAAAA;
    b = 32'hAAAAAAAA;
    cin = 1'h0;
    count = 8'hAA;
    cout = 1'h0;
    overflow_flag = 1'h0;
    rng_a_r = 32'hAAAAAAAA;
    rng_b_r = 32'hAAAAAAAA;
    rng_cin_r = 8'hAA;
    state = 2'h2;
    sum = 32'hAAAAAAAA;
  end
  `endif // BSV_NO_INITIAL_BLOCKS
  // synopsys translate_on

  // handling of system tasks

  // synopsys translate_off
  always@(negedge CLK)
  begin
    #0;
    if (RST_N != `BSV_RESET_VALUE)
      if (WILL_FIRE_RL_display_results && count_11_ULT_30___d326 &&
	  _0_CONCAT_a_27_28_PLUS_0_CONCAT_b_29_30_31_PLUS_ETC___d338)
	$display("Test Passed");
    if (RST_N != `BSV_RESET_VALUE)
      if (WILL_FIRE_RL_display_results && count_11_ULT_30___d326 &&
	  !_0_CONCAT_a_27_28_PLUS_0_CONCAT_b_29_30_31_PLUS_ETC___d338)
	$display("Test Failed: ");
    if (RST_N != `BSV_RESET_VALUE)
      if (WILL_FIRE_RL_display_results && count_11_ULT_30___d326 &&
	  !_0_CONCAT_a_27_28_PLUS_0_CONCAT_b_29_30_31_PLUS_ETC___d338)
	$display("  %32b\n+ %32b\n+\t\t\t\t %0b\n= \n  %32b", a, b, cin, sum);
    if (RST_N != `BSV_RESET_VALUE)
      if (WILL_FIRE_RL_display_results && count_11_ULT_30___d326 &&
	  !_0_CONCAT_a_27_28_PLUS_0_CONCAT_b_29_30_31_PLUS_ETC___d338)
	$display(" %33b", expected_sum__h11572);
    if (RST_N != `BSV_RESET_VALUE)
      if (WILL_FIRE_RL_display_results && count_11_ULT_30___d326 &&
	  !_0_CONCAT_a_27_28_PLUS_0_CONCAT_b_29_30_31_PLUS_ETC___d338)
	$display("Cout = %0b", cout);
    if (RST_N != `BSV_RESET_VALUE)
      if (WILL_FIRE_RL_display_results && count_11_ULT_30___d326 &&
	  !_0_CONCAT_a_27_28_PLUS_0_CONCAT_b_29_30_31_PLUS_ETC___d338)
	$display("Overflow Flag = %0h\n", overflow_flag);
    if (RST_N != `BSV_RESET_VALUE)
      if (WILL_FIRE_RL_display_results && count_11_ULT_30___d326 &&
	  overflow_flag)
	$display("Overflow occured");
    if (RST_N != `BSV_RESET_VALUE)
      if (WILL_FIRE_RL_display_results && !count_11_ULT_30___d326)
	$finish(32'd0);
  end
  // synopsys translate_on
endmodule  // mkTestbench